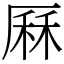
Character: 厤